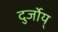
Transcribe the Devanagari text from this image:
दुर्जोय्